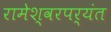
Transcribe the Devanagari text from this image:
रामेश्वरपर्यंत